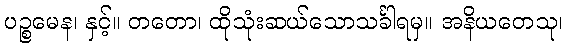
ပဉ္စမေန၊ နှင့်။ တတော၊ ထိုသုံးဆယ်သောသင်္ခါရမှ။ အနိယတေသု၊